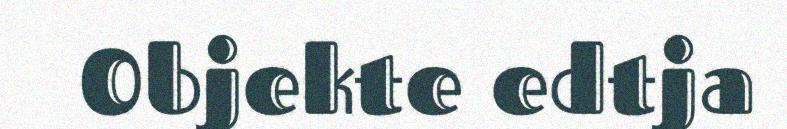
Objekte edtja